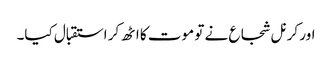
اور کرنل شجاع نے تو موت کا اٹھ کر استقبال کیا۔